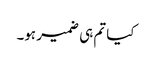
کیا تم ہی ضمیر ہو۔